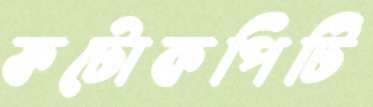
ফটোকপিটি